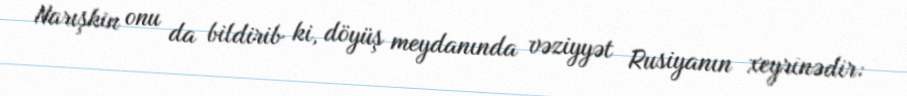
Narışkin onu da bildirib ki, döyüş meydanında vəziyyət Rusiyanın xeyrinədir: